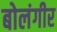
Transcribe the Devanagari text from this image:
बोलंगीर